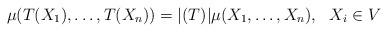
LaTeX: \begin{align*} \mu(T(X_1),\ldots,T(X_n))= |(T)|\mu(X_1,\ldots,X_n),~~X_i \in V \end{align*}